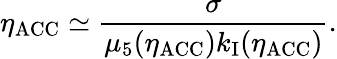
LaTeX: \eta_{\mathrm{ACC}}\simeq\frac{\sigma}{\mu_{5}(\eta_{\mathrm{ACC}})k_{\mathrm{I}}(\eta_{\mathrm{ACC}})}.